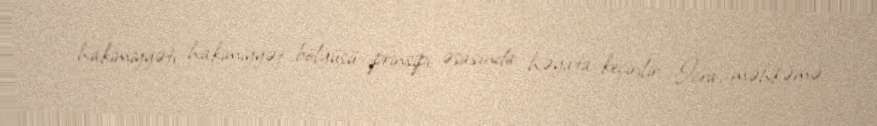
hakimiyyəti hakimiyyət bölgüsü prinsipi əsasında həyata keçirilir: İcra, məhkəmə